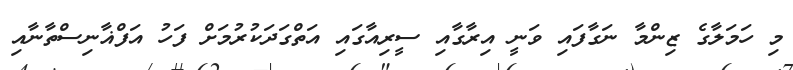
މި ހަމަލާގެ ޒިންމާ ނަގާފައި ވަނީ އިރާގާއި ސީރިއާގައި އަތްގަދަކުރުމަށް ފަހު އަފްޣާނިސްތާނާއި